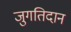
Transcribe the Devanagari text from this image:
जुगतिदान